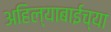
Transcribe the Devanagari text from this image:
अहिल्याबाईच्या